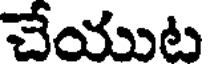
చేయుట